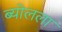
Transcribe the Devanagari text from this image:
ब्योलला